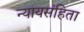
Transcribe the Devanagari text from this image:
न्यायसंहिता